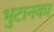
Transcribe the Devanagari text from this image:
भुटानका